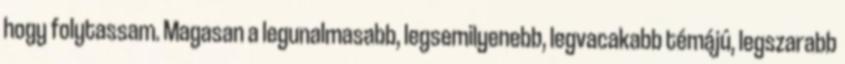
hogy folytassam. Magasan a legunalmasabb, legsemilyenebb, legvacakabb témájú, legszarabb